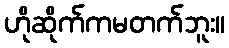
ဟိုဆိုက်ကမတက်ဘူး။